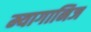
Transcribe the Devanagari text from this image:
म्यागानिज